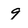
Character: 9